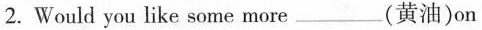
2.Would you like some more___ (黄油)on